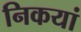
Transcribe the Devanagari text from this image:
निकयां